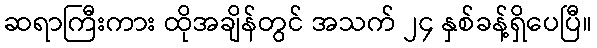
ဆရာကြီးကား ထိုအချိန်တွင် အသက် ၂၄ နှစ်ခန့်ရှိပေပြီ။